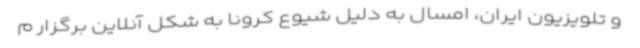
و تلویزیون ایران، امسال به دلیل شیوع کرونا به شکل آنلاین برگزار م